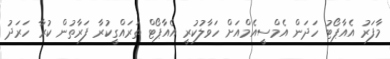
މާފަރު އެއާޕޯޓު ހަދަން އެމްސީއެމްއަށް ހަވާލުކުރީ އެއާޕޯޓް ތަރައްގީކުރާ ފަރާތުން ކުރާ ހަރަދު